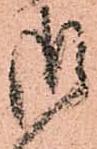
御